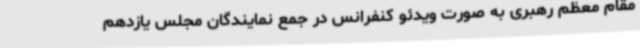
مقام معظم رهبری به صورت ویدئو کنفرانس در جمع نمایندگان مجلس یازدهم